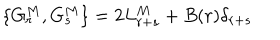
LaTeX: \{ G _ { r } ^ { M } , G _ { s } ^ { M } \} = 2 L _ { r + s } ^ { M } + B ( r ) \delta _ { r + s }